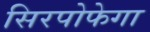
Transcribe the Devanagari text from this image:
सिरपोफेगा